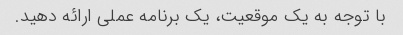
با توجه به یک موقعیت، یک برنامه عملی ارائه دهید.